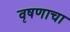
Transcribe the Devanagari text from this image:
वृषणाचा